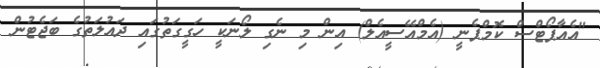
"އެއާޕޯޓްސް ކޮމްޕެނީ (އެމްއޭސީއެލް) އިން މި ނެގި ލޯނަކީ ހަގީގަތުގައި ދައުލަތުގެ ބަޖެޓުން